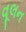
વૂલન